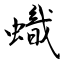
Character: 蟙